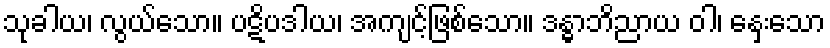
သုခါယ၊ လွယ်သော။ ပဋိပဒါယ၊ အကျင့်ဖြစ်သော။ ဒန္ဓာဘိညာယ ဝါ၊ နှေးသော